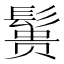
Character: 𱆃